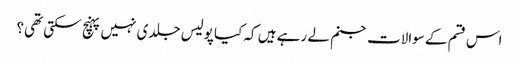
اس قسم کے سوالات جنم لے رہے ہیں کہ کیا پولیس جلدی نہیں پہنچ سکتی تھی؟